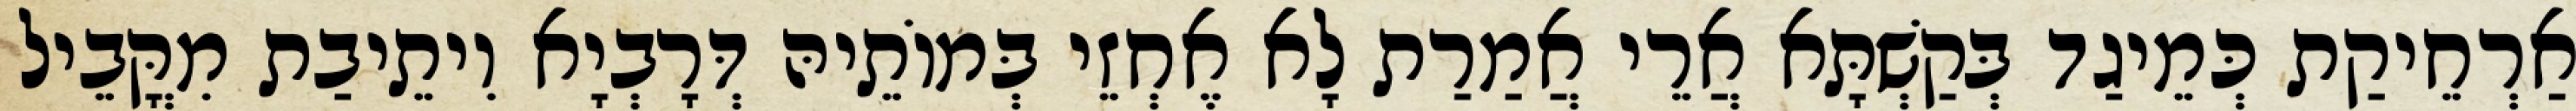
אַרְחֵיקַת כְּמֵיגַד בְּקַשְׁתָּא אֲרֵי אֲמַרַת לָא אֶחְזֵי בְּמוֹתֵיהּ דְּרָבְיָא וִיתֵיבַת מִקֳּבֵיל